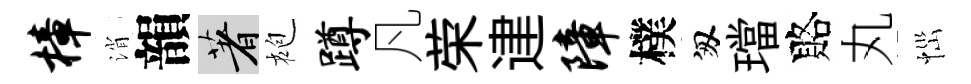
樟消韻著袍蹲凡荣䢖障樸匆璫賂丸𢙉